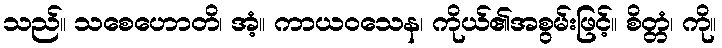
သည်။ သစေဟောတိ၊ အံ့။ ကာယဝသေန၊ ကိုယ်၏အစွမ်းဖြင့်။ စိတ္တံ၊ ကို။